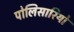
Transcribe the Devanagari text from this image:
पोलिसारियो